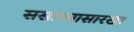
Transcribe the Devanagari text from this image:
ससाण्यासारखा